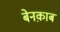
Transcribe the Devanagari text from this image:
बेनक़ाब